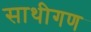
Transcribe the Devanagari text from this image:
साथीगण